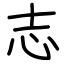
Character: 志